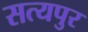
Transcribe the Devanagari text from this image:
सत्यपुर